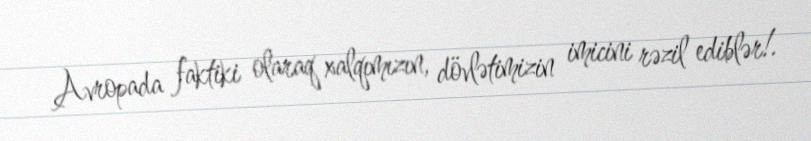
Avropada faktiki olaraq xalqımızın, dövlətimizin imicini rəzil ediblər!.